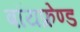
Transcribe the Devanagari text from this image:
बॉयफ्रेण्ड